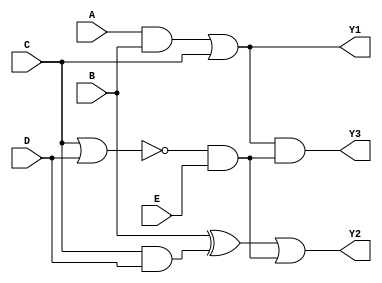
module combinational_logic_block (
    input wire A,
    input wire B,
    input wire C,
    input wire D,
    input wire E,
    output wire Y1,
    output wire Y2,
    output wire Y3
);

// Group 1: {A, B, C}
// Perform some logic operations
wire G1_result; // Intermediate result for Group 1
assign G1_result = A & B | C; // Logic operation (AND, OR)

// Group 2: {B, C, D}
// Perform some logic operations
wire G2_result; // Intermediate result for Group 2
assign G2_result = B ^ C & D; // Logic operation (XOR, AND)

// Group 3: {C, D, E}
// Perform some logic operations
wire G3_result; // Intermediate result for Group 3
assign G3_result = ~(C | D) & E; // Logic operation (OR, NOT, AND)

// Output Generation
// Combine results from different groups to produce final outputs
assign Y1 = G1_result;          // Output from Group 1
assign Y2 = G2_result | G3_result; // Combine results from Group 2 and Group 3
assign Y3 = G1_result & G3_result; // Another combination for output Y3

endmodule